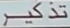
تذكر